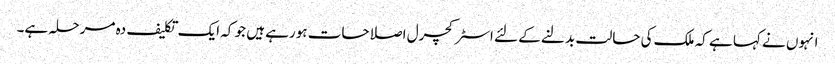
انہوں نے کہا ہے کہ ملک کی حالت بدلنے کے لئے اسٹرکچرل اصلاحات ہورہے ہیں جو کہ ایک تکلیف دہ مرحلہ ہے۔